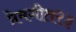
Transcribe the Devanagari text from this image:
प्रेमगीत२३